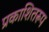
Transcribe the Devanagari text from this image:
प्रकाशितरूप